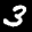
Label: 3